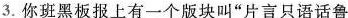
3.你班黑板报上有一个版块叫”片言只语话鲁